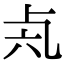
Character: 𠧝